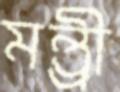
মন্ত্র্রী